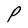
Character: P